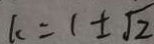
k = 1 \pm \sqrt { 2 }